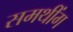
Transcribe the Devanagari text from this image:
समथींग